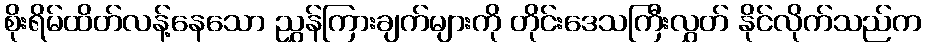
စိုးရိမ်ထိတ်လန့်နေသော ညွှန်ကြားချက်များကို တိုင်းဒေသကြီးလွှတ် နိုင်လိုက်သည်က